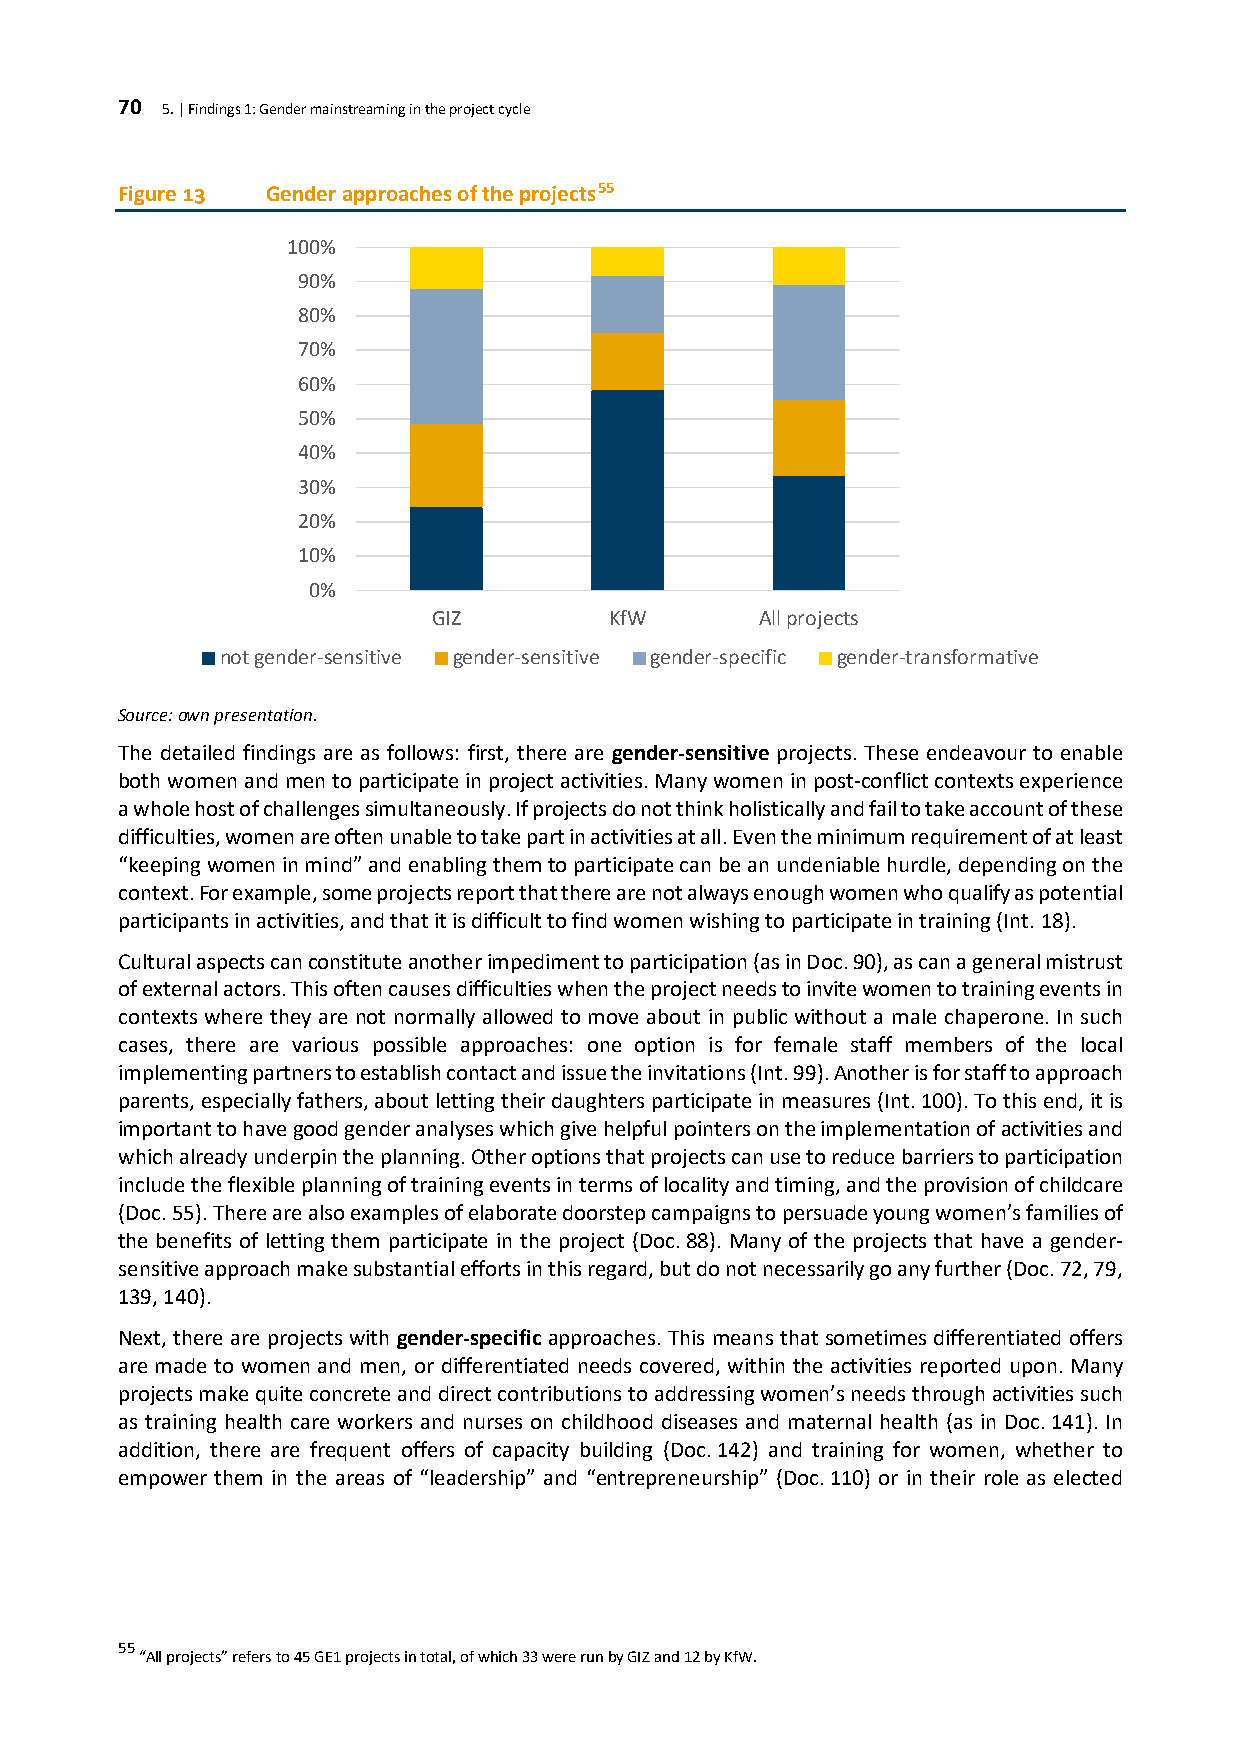
70 5. | Findings 1: Gender mainstreaming in the project cycle
 Figure 13 Gender approaches of the projects55
 100%
 90%
 80%
 70%
 60%
 50%
 40%
 30%
 20%
 10%
 0%
 GIZ        KfW       All projects
 not gender-sensitive gender-sensitive gender-specific gender-transformative
 Source: own presentation.
 The detailed findings are as follows: first, there are gender-sensitive projects. These endeavour to enable
 both women and men to participate in project activities. Many women in post-conflict contexts experience
 a whole host of challenges simultaneously. If projects do not think holistically and fail to take account of these
 difficulties, women are often unable to take part in activities at all. Even the minimum requirement of at least
 “keeping women in mind” and enabling them to participate can be an undeniable hurdle, depending on the
 context. For example, some projects report that there are not always enough women who qualify as potential
 participants in activities, and that it is difficult to find women wishing to participate in training (Int. 18).
 Cultural aspects can constitute another impediment to participation (as in Doc. 90), as can a general mistrust
 of external actors. This often causes difficulties when the project needs to invite women to training events in
 contexts where they are not normally allowed to move about in public without a male chaperone. In such
 cases, there are various possible approaches: one option is for female staff members of the local
 implementing partners to establish contact and issue the invitations (Int. 99). Another is for staff to approach
 parents, especially fathers, about letting their daughters participate in measures (Int. 100). To this end, it is
 important to have good gender analyses which give helpful pointers on the implementation of activities and
 which already underpin the planning. Other options that projects can use to reduce barriers to participation
 include the flexible planning of training events in terms of locality and timing, and the provision of childcare
 (Doc. 55). There are also examples of elaborate doorstep campaigns to persuade young women’s families of
 the benefits of letting them participate in the project (Doc. 88). Many of the projects that have a gender-
 sensitive approach make substantial efforts in this regard, but do not necessarily go any further (Doc. 72, 79,
 139, 140).
 Next, there are projects with gender-specific approaches. This means that sometimes differentiated offers
 are made to women and men, or differentiated needs covered, within the activities reported upon. Many
 projects make quite concrete and direct contributions to addressing women’s needs through activities such
 as training health care workers and nurses on childhood diseases and maternal health (as in Doc. 141). In
 addition, there are frequent offers of capacity building (Doc. 142) and training for women, whether to
 empower them in the areas of “leadership” and “entrepreneurship” (Doc. 110) or in their role as elected
 55
 “All projects” refers to 45 GE1 projects in total, of which 33 were run by GIZ and 12 by KfW.